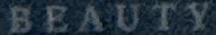
BEAUTY